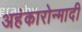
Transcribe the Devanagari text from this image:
अहंकारोन्मादी